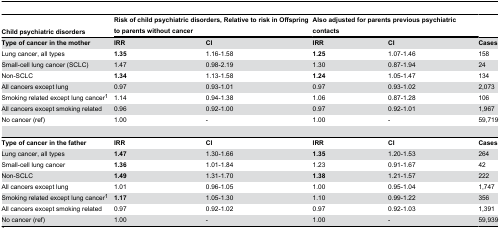
<table><thead><tr><td><b>Child psychiatric disorders</b></td><td colspan="2"><b>Risk of child psychiatric disorders, Relative to risk in Offspring to parents without cancer</b></td><td colspan="2"><b>Also adjusted for parents previous psychiatric contacts</b></td><td></td></tr></thead><tbody><tr><td><b>Type of cancer in the mother</b></td><td><b>IRR</b></td><td><b>CI</b></td><td><b>IRR</b></td><td><b>CI</b></td><td><b>Cases</b></td></tr><tr><td>Lung cancer, all types</td><td><b>1.35</b></td><td>1.16-1.58</td><td><b>1.25</b></td><td>1.07-1.46</td><td> 158 </td></tr><tr><td> Small-cell lung cancer (SCLC)</td><td>1.47</td><td>0.98-2.19</td><td>1.30</td><td>0.87-1.94</td><td> 24</td></tr><tr><td> Non-SCLC </td><td><b>1.34</b></td><td>1.13-1.58</td><td><b>1.24</b></td><td>1.05-1.47</td><td> 134</td></tr><tr><td>All cancers except lung</td><td>0.97</td><td>0.93-1.01</td><td>0.97</td><td>0.93-1.02</td><td> 2,073 </td></tr><tr><td>Smoking related except lung cancer<sup>1</sup></td><td>1.14</td><td>0.94-1.38</td><td>1.06</td><td>0.87-1.28</td><td> 106</td></tr><tr><td> All cancers except smoking related</td><td>0.96</td><td>0.92-1.00</td><td>0.97</td><td>0.92-1.01</td><td> 1,967</td></tr><tr><td>No cancer (ref)</td><td>1.00</td><td>-</td><td>1.00</td><td>-</td><td> 59,719</td></tr><tr><td colspan="6"> </td></tr><tr><td><b>Type of cancer in the father</b></td><td><b>IRR</b></td><td><b>CI</b></td><td><b>IRR</b></td><td><b>CI</b></td><td><b>Cases</b></td></tr><tr><td>Lung cancer, all types</td><td><b>1.47</b></td><td>1.30-1.66</td><td><b>1.35</b></td><td>1.20-1.53</td><td> 264</td></tr><tr><td> Small-cell lung cancer</td><td><b>1.36</b></td><td>1.01-1.84</td><td>1.23</td><td>0.91-1.67</td><td> 42</td></tr><tr><td> Non-SCLC</td><td><b>1.49</b></td><td>1.31-1.70</td><td><b>1.38</b></td><td>1.21-1.57</td><td> 222</td></tr><tr><td>All cancers except lung</td><td>1.01</td><td>0.96-1.05</td><td>1.00</td><td>0.95-1.04</td><td> 1,747 </td></tr><tr><td> Smoking related except lung cancer<sup>1</sup></td><td><b>1.17</b></td><td>1.05-1.30</td><td>1.10</td><td>0.99-1.22</td><td> 356</td></tr><tr><td> All cancers except smoking related</td><td>0.97</td><td>0.92-1.02</td><td>0.97</td><td>0.92-1.03</td><td> 1,391</td></tr><tr><td>No cancer (ref)</td><td>1.00</td><td>-</td><td>1.00</td><td>-</td><td> 59,939</td></tr></tbody></table>